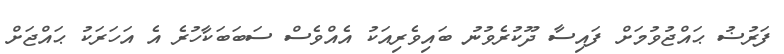
ފަރުޟު ޙައްޖުވުމަށް ފައިސާ ދޫކުރެވުނު ބައިވެރިއަކު އެއްވެސް ސަބަބަކާހުރެ އެ އަހަރަކު ޙައްޖަށް